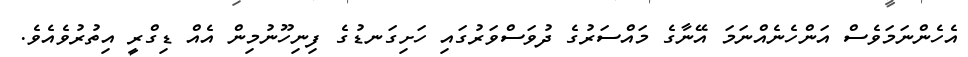
އެހެންނަމަވެސް އަންހެނެއްނަމަ އޭނާގެ މައްސަރުގެ ދުވަސްވަރުގައި ހަށިގަނޑުގެ ފިނިހޫނުމިން އެއް ޑިގްރީ އިތުރުވެއެވެ.